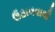
ઉઠાવવાથી